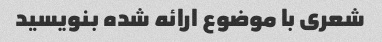
شعری با موضوع ارائه شده بنویسید